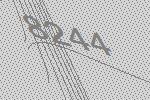
8244